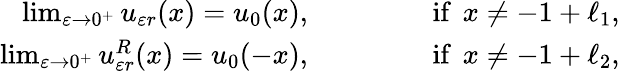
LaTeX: \begin{array}{r}{\operatorname*{lim}_{\varepsilon\to 0^{+}}u_{\varepsilon r}(x)=u_{0}(x),\qquad\qquad\mathrm{~if~}\, x\neq-1+\ell_{1},}\\ {\operatorname*{lim}_{\varepsilon\to 0^{+}}u_{\varepsilon r}^{R}(x)=u_{0}(-x),\qquad\qquad\mathrm{~if~}\, x\neq-1+\ell_{2},}\end{array}